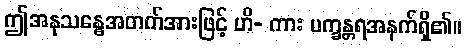
ဤအနုသန္ဓေအတက်အားဖြင့် ဟိ- ကား ပက္ခန္တရအနက်ရှိ၏။